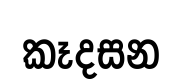
කෑදසන